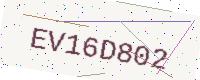
Text: EV16D802